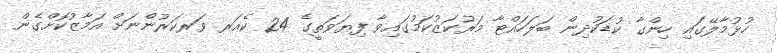
ހުޅުމާލޭގައި ހިންގާ ކުޑަކުދިން ބަލަހައްޓާ މަރުކަޒުކަމުގައިވާ ފިޔަވަތީގެ 24 ކެއަރ ވަރކަރުންނަށް އަމާޒުކޮށްގެން